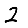
Digit: 2